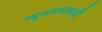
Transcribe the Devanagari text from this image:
न्यूनतमवादी